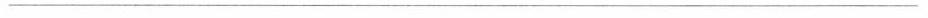
___